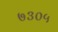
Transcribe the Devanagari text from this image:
७३०५